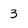
Character: 3